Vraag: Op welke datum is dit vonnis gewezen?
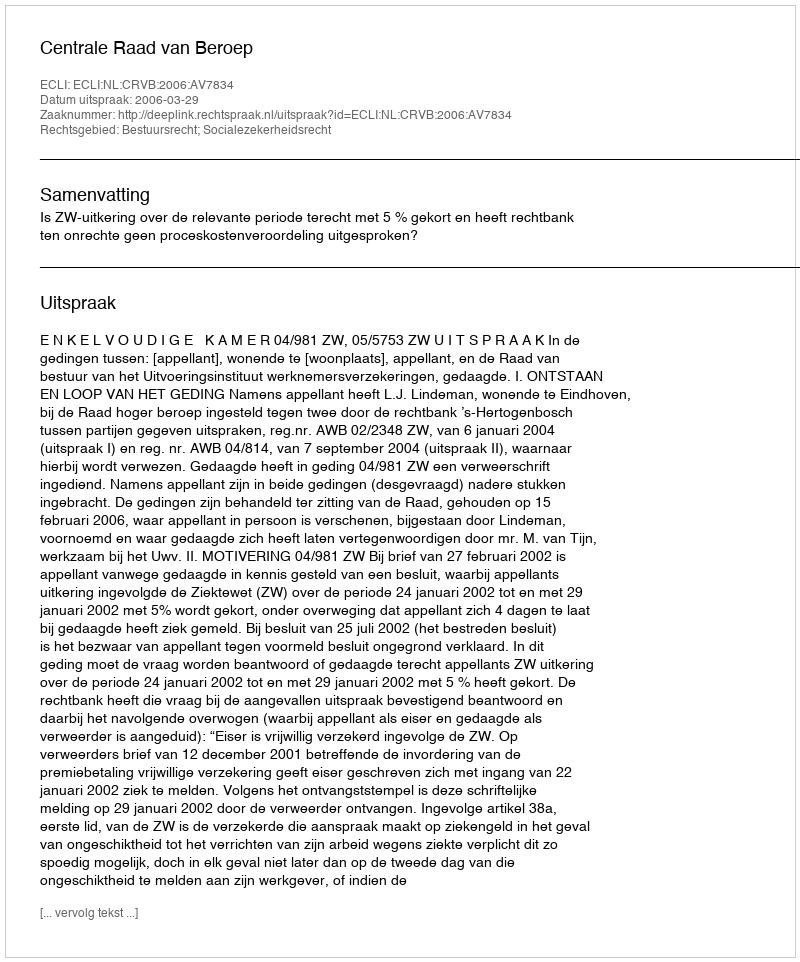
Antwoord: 2006-03-29